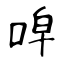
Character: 唕